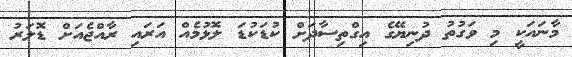
މާނައަކީ މި ވަގުތު ދުނިޔޭގެ އިގްތިސާދަށް ކުޑަކުޑަ ލޮޅުމެއް އަރައި ރާއްޖެއަށް ޑޮލަރު